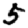
Digit: 5